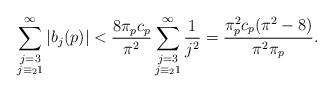
LaTeX: \begin{align*}\sum_{\substack{ j=3\\ j\equiv_2 1 }}^\infty \vert b_j(p) \vert<\frac{8\pi_pc_p}{\pi^2}\sum_{\substack{ j =3\\ j\equiv_2 1 }}^\infty \frac{1}{j^2}=\frac{\pi_p^2 c_p(\pi^2-8)}{\pi^2 \pi_p}.\end{align*}